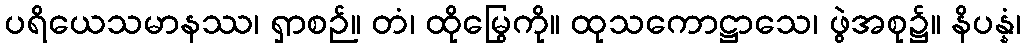
ပရိယေသမာနဿ၊ ရှာစဉ်။ တံ၊ ထိုမြွေကို။ ထုသကောဋ္ဌာသေ၊ ဖွဲအစု၌။ နိပန္နံ၊